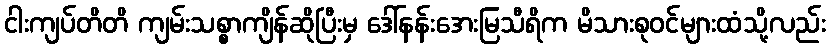
ငါးကျပ်တိတိ ကျမ်းသစ္စာကျိန်ဆိုပြီးမှ ဒေါ်နန်းအေးမြသီရိက မိသားစုဝင်များထံသို့လည်း